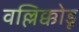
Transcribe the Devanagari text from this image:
वल्लिक्कोडू